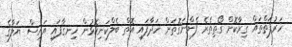
ހަރުފަތްތައް ގިރާކޮށް ގޯތިތެރެ ފެންނަގޮތަށް ހަދާފައި އޮތް ބެލްކަނިކޮޅުން ހިނގާފައި އައިސް ޔަލާގެ